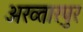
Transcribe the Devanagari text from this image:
अख्तारपुर